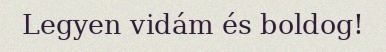
Legyen vidám és boldog!